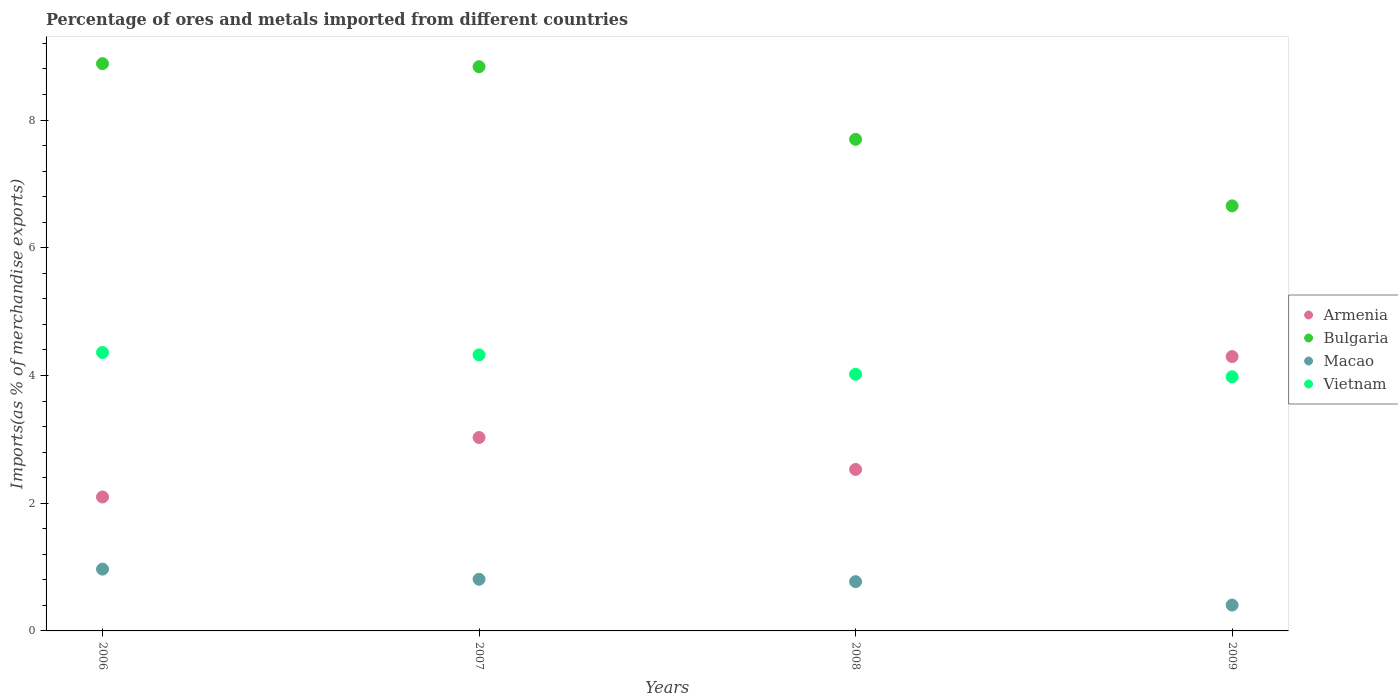
| Years | Armenia | Bulgaria | Macao | Vietnam |
 | --- | --- | --- | --- | --- |
 | 2006 | 2.1 | 8.88 | 0.968 | 4.36 |
 | 2007 | 3.03 | 8.84 | 0.809 | 4.32 |
 | 2008 | 2.53 | 7.7 | 0.772 | 4.02 |
 | 2009 | 4.3 | 6.66 | 0.405 | 3.98 |